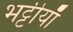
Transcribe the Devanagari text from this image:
भट्टीयाँ